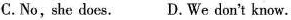
C.No, she does. D.We don't know.